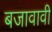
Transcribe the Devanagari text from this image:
बजावावी